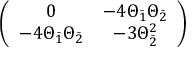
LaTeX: \left( \begin{array} { c c } { { 0 } } & { { - 4 \Theta _ { \bar { 1 } } \Theta _ { \bar { 2 } } } } \\ { { - 4 \Theta _ { \bar { 1 } } \Theta _ { \bar { 2 } } } } & { { - 3 \Theta _ { \bar { 2 } } ^ { 2 } } } \end{array} \right)